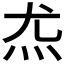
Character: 𰝽